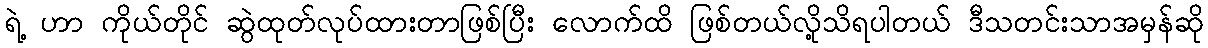
ရဲ့ ဟာ ကိုယ်တိုင် ဆွဲထုတ်လုပ်ထားတာဖြစ်ပြီး လောက်ထိ ဖြစ်တယ်လို့သိရပါတယ် ဒီသတင်းသာအမှန်ဆို